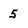
Character: 5